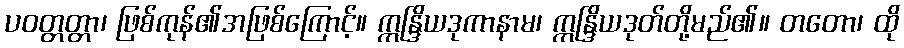
ပဝတ္တတ္တာ၊ ဖြစ်ကုန်၏အဖြစ်ကြောင့်။ ဣန္ဒြိယဒုကာနာမ၊ ဣန္ဒြိယဒုတ်တို့မည်၏။ တတော၊ ထို